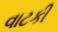
વાટકી